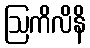
ဩကိလိနိ